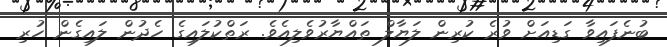
ބުނެފައިވާ ގަޑިއަށް ވުރެ ކުރިން ލަޔާލް ތައްޔާރުވެލިއެވެ. ރަތްކުލައިގެ ހެދުން ލައިގެން ހުރި